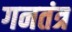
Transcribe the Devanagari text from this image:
गनतंत्र